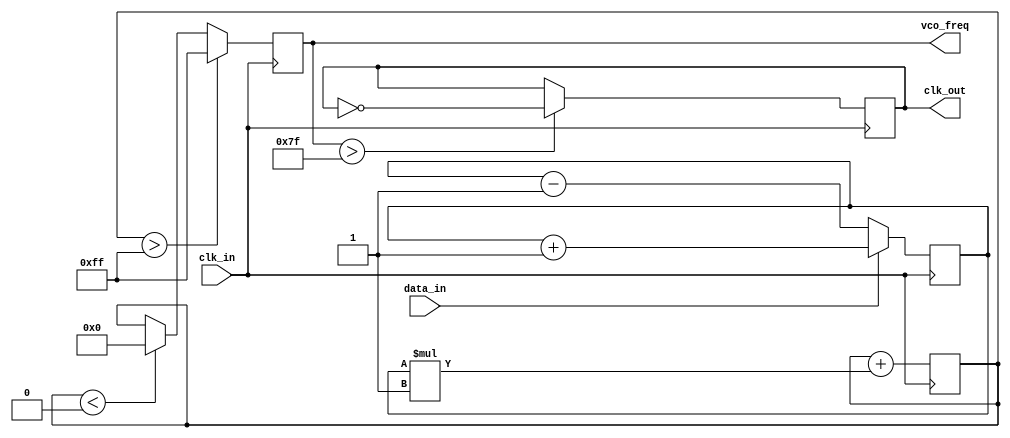
module clock_recovery_PLL (
    input wire clk_in,          // Incoming data clock
    input wire data_in,         // Incoming data signal
    output reg clk_out,         // Recovered clock output
    output reg [7:0] vco_freq   // VCO frequency control
);

    // Parameters
    parameter integer VCO_MAX_FREQ = 255; // Maximum VCO frequency value
    parameter integer VCO_MIN_FREQ = 0;   // Minimum VCO frequency value
    parameter integer LOOP_FILTER_GAIN = 1; // Gain for the loop filter

    // Internal signals
    reg [7:0] phase_error;      // Phase error from the phase detector
    reg [7:0] loop_filter_out;  // Output of the loop filter
    reg [7:0] vco_freq_next;    // Next VCO frequency value
    reg [7:0] sample_data;      // Sampled data for memory blocks

    // Phase Detector
    always @(posedge clk_in) begin
        if (data_in) begin
            phase_error <= phase_error + 1; // Increment phase error if data is high
        end else begin
            phase_error <= phase_error - 1; // Decrement phase error if data is low
        end
    end

    // Loop Filter (simple integrator)
    always @(posedge clk_in) begin
        loop_filter_out <= loop_filter_out + (phase_error * LOOP_FILTER_GAIN);
    end

    // Voltage-Controlled Oscillator (VCO)
    always @(posedge clk_in) begin
        // Adjust VCO frequency based on loop filter output
        vco_freq_next = loop_filter_out;

        // Clamp VCO frequency to defined limits
        if (vco_freq_next > VCO_MAX_FREQ) begin
            vco_freq <= VCO_MAX_FREQ;
        end else if (vco_freq_next < VCO_MIN_FREQ) begin
            vco_freq <= VCO_MIN_FREQ;
        end else begin
            vco_freq <= vco_freq_next;
        end
    end

    // Output Clock Generation
    always @(posedge clk_in) begin
        // Generate the output clock based on VCO frequency
        if (vco_freq > (VCO_MAX_FREQ / 2)) begin
            clk_out <= ~clk_out; // Toggle clock if VCO frequency is high
        end
    end

    // Memory Block (for sampling data)
    always @(posedge clk_in) begin
        sample_data <= data_in; // Store incoming data samples
    end

endmodule